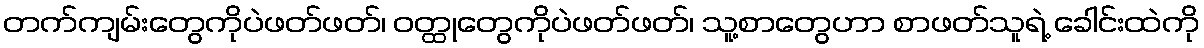
တက်ကျမ်းတွေကိုပဲဖတ်ဖတ်၊ ဝတ္ထုတွေကိုပဲဖတ်ဖတ်၊ သူ့စာတွေဟာ စာဖတ်သူရဲ့ ခေါင်းထဲကို